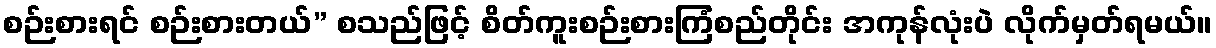
စဉ်းစားရင် စဉ်းစားတယ်” စသည်ဖြင့် စိတ်ကူးစဉ်းစားကြံစည်တိုင်း အကုန်လုံးပဲ လိုက်မှတ်ရမယ်။